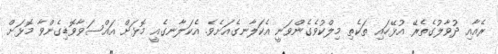
ރެއާއި ދުވާލުގެތެރޭ އުޅޭހައި ތަކެތި މިލްކުވެގެންވަނީ އެކަލާނގެއަށެވެ. އެކަލާނގެއީ މޮޅަށް އައްސަވާވޮޑިގެންވާ މޮޅަށް